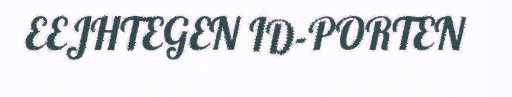
EEJHTEGEN ID-PORTEN